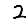
Digit: 2